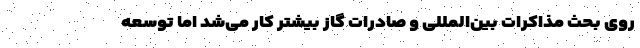
روی بحث مذاکرات بین‌المللی و صادرات گاز بیشتر کار می‌شد اما توسعه